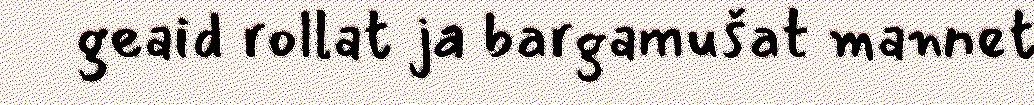
geaid rollat ja bargamušat mannet